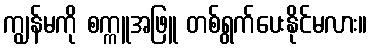
ကျွန်မကို စက္ကူအဖြူ တစ်ရွက်ပေးနိုင်မလား။